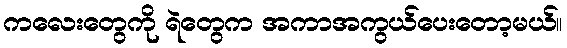
ကလေးတွေကို ရဲတွေက အကာအကွယ်ပေးတော့မယ်။